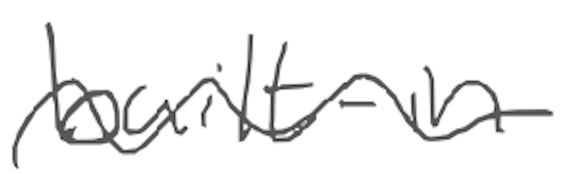
Text: built-in
Cross-out: wave
Writing tool: digital_gray